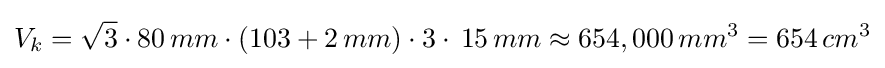
V_{k}={\sqrt {3}}\cdot 80\,mm\cdot (103+2\,mm)\cdot 3\cdot \,15\,mm\approx 654,000\,mm^{3}=654\,cm^{3}